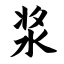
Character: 浆